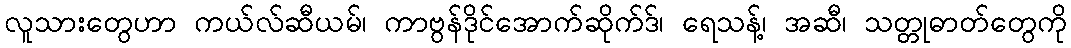
လူသားတွေဟာ ကယ်လ်ဆီယမ်၊ ကာဗွန်ဒိုင်အောက်ဆိုက်ဒ်၊ ရေသန့်၊ အဆီ၊ သတ္တုဓာတ်တွေကို